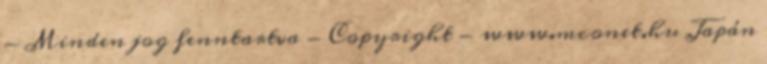
- Minden jog fenntartva - Copyright - www.mconet.hu Japán